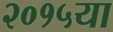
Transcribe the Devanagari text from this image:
२०१५या